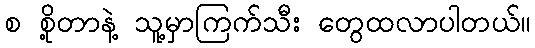
စ စို့တာနဲ့ သူ့မှာကြက်သီး တွေထလာပါတယ်။